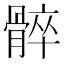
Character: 𩩠